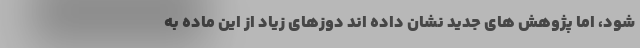
شود، اما پژوهش های جدید نشان داده اند دوزهای زیاد از این ماده به